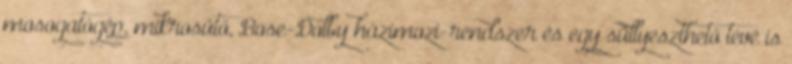
mosogatógép, mikrosütő, Bose-Dolby házimozi-rendszer és egy süllyeszthető tévé is